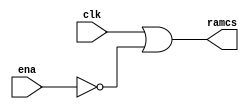
module clkgen
(
	output ramcs,
	input clk,
	input ena
);
wire ena_n;

// DUPLO.NET (115) - ena\ : iv
assign ena_n = ~ena;

// DUPLO.NET (116) - ramcs : or2x3
assign ramcs = clk | ena_n;
endmodule